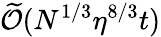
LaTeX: \widetilde{\cal O}(N^{1/3}\eta^{8/3}t)